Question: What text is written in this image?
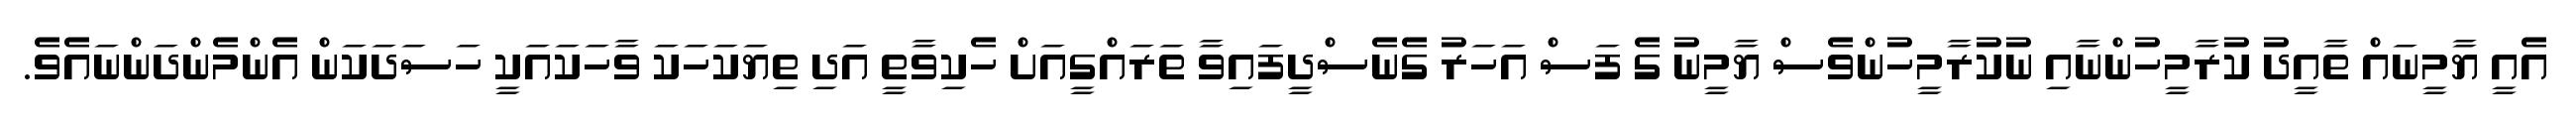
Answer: އެއީ ޔާމީނައް ތާއީދު ކުރާމީހުންނާއި ނުކުރާމީހުންވެސް ޔާމީނު ގެ ފަސް އަހަރު ގެނެސްދީފައިވާ ތަރައްގީއަށް ހެކިވާތީ އަދި ތިޔަކަހަކަ ވާހަކައަކީ ހަސަދަކަން އެންމެންދަންނައެވެ.